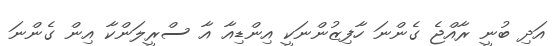
އަދި ބުނީ ރާއްޖެ ގެންނަ ހާފިޒުންނަކީ އިންޑިއާ އާ ސްރީލަންކާ އިން ގެންނަ